Indian journal of veterinary science and animal husbandry - Volume 6,
Year: 1936
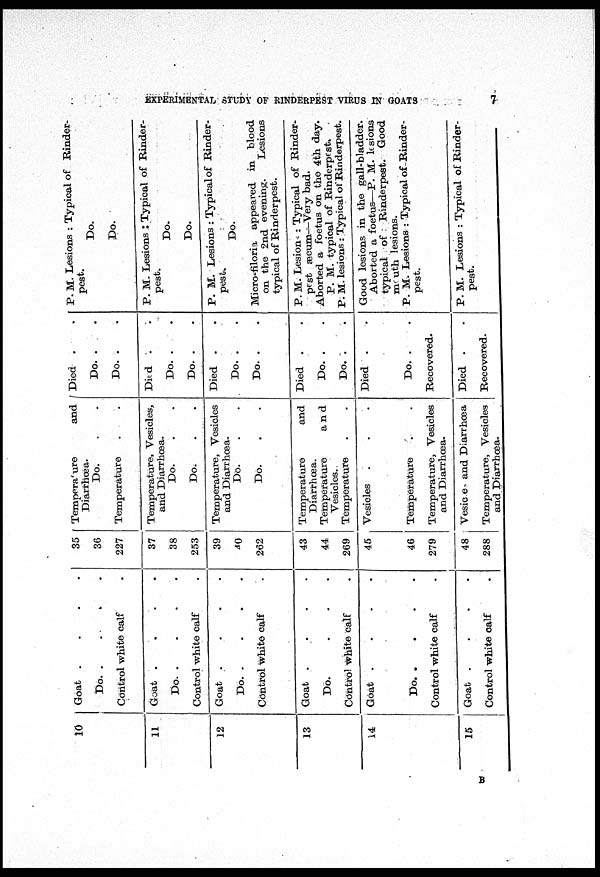
EXPERIMENTAL STUDY OF RINDERPEST VIRUS IN GOATS
7
10
11
12
13
14
15
Goat . . . .
Do.
.
.
.
.
Control white calf .
Goat
.
.
.
.
Do.
.
.
.
.
Control white calf .
Goat
.
.
.
.
Do.
.
.
.
.
Control white calf .
Goat
.
.
.
.
Do. . . .
Control white calf .
Goat
.
.
.
.
Do.
.
.
.
.
Control white calf
.
Goat
.
.
.
.
Control white calf .
35
36
227
37
38
253
39
40
262
43
44
269
45
46
279
48
288
Temperature
and
Diarrhœa.
Do. . .
Temperature . .
Temperature, Vesicles,
and Diarrhœa.
Do. . .
Do. . .
Temperature, Vesicles
and Diarrhœa.
Do. . .
Do. . .
Temperature
and
Diarrhœa.
Temperature
and
Vesicles.
Temperature . .
Vesicles . . .
Temperature . .
Temperature, Vesicles
and Diarrhœa.
Vesice and Diarrhœa
Temperature, Vesicles
and Diarrhœa.
Died . .
Do. . .
Do. . .
Died . .
Do. . .
Do. . .
Died . .
Do. . .
Do. . .
Died . .
Do. . .
Do. . .
Died . .
Do. . .
Recovered.
Died .
.
Recovered.
P. M. Lesions : Typical of Rinder-
pest.
Do.
Do.
P. M. Lesions : Typical of Rinder-
pest.
Do.
Do.
P. M. Lesions : Typical of Rinder-
pest.
Do.
Micro-filoria appeared in blood
on the 2nd evening.
Lesions
typical of Rinderpest.
P. M. Lesions : Typical of Rinder-
pest æcum—Very bad.
Aborted a foetus on the 4th day.
P. M. typical of Rinderpest.
P. M. lesions : Typical of Rinderpest.
Good lesions in the gall-bladder.
Aborted a foetus—P. M. lesions
typical of Rinderpest. Good
mouth lesions.
P. M. Lesions : Typical of Rinder-
pest.
P. M. Lesions : Typical of Rinder-
pest.
B